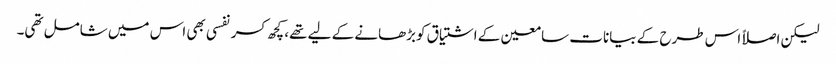
لیکن اصلاً اس طرح کے بیانات سامعین کے اشتیاق کوبڑھانے کے لیے تھے، کچھ کسرنفسی بھی اس میں شامل تھی۔